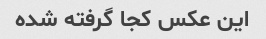
این عکس کجا گرفته شده